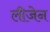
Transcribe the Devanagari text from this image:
लीजेन